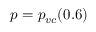
p = p _ { v c } ( 0 . 6 )